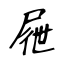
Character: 屜